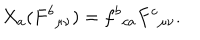
X _ { a } ( F ^ { b } { } _ { \mu \nu } ) = f ^ { b } { } _ { c a } F ^ { c } { } _ { \mu \nu } .